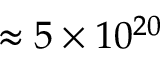
\approx 5 \times 1 0 ^ { 2 0 }